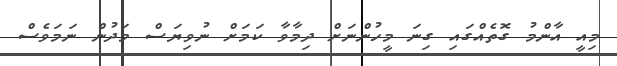
މިއީ އާންމު ގޮތެއްގައި ގިނަ މީހުންނަށް ދިމާވާ ކަމަށް ނުވިޔަސް މަދުން ނަމަވެސް